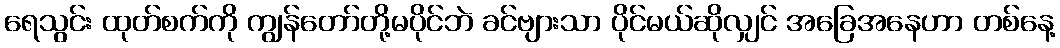
ရေသွင်း ထုတ်စက်ကို ကျွန်တော်တို့မပိုင်ဘဲ ခင်ဗျားသာ ပိုင်မယ်ဆိုလျှင် အခြေအနေဟာ တစ်နေ့